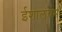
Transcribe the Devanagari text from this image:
ईशालयम